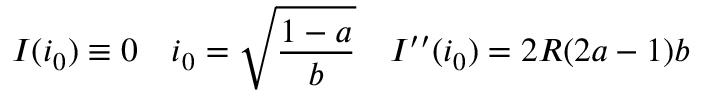
I ( i _ { 0 } ) \equiv 0 \quad i _ { 0 } = \sqrt { \frac { 1 - a } { b } } \quad I ^ { \prime \prime } ( i _ { 0 } ) = 2 R ( 2 a - 1 ) b